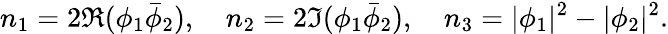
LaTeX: n_{1}=2\Re(\phi_{1}\bar{\phi}_{2}),\quad n_{2}=2\Im(\phi_{1}\bar{\phi}_{2}),\quad n_{3}=|\phi_{1}|^{2}-|\phi_{2}|^{2}.